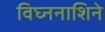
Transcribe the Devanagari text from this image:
विघ्ननाशिने